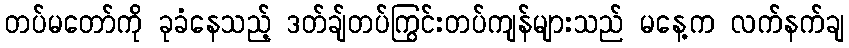
တပ်မတော်ကို ခုခံနေသည့် ဒတ်ချ်တပ်ကြွင်းတပ်ကျန်များသည် မနေ့က လက်နက်ချ